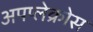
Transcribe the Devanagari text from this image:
अपप्लेक्रोस